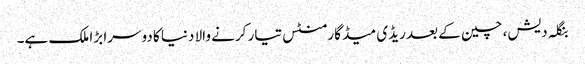
بنگلہ دیش، چین کے بعد ریڈی میڈ گارمنٹس تیار کرنے والا دنیا کا دوسرا بڑا ملک ہے۔